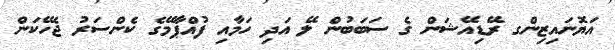
އަޔޮނައިޒިންގ ރޭޑިއޭޝަން ގެ ސަބަބުން ލޭ އަދި ހަމާއި ފުއްޕާމޭގެ ކެންސަރު ޖެހޭކަން